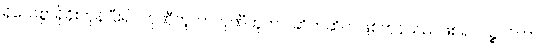
ရိုသေစွာရှိခိုးကုန်ပြီး၍။ တုဏှီဘူတာတုဏှီဘူတာ၊ ဆိတ်ဆိတ်ဖြစ်ကုန်သည်ဖြစ်၍။ ပဉ္စလိကာ၊